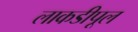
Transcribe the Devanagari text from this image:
लाकडीपूल